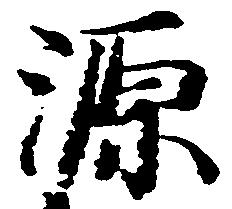
源